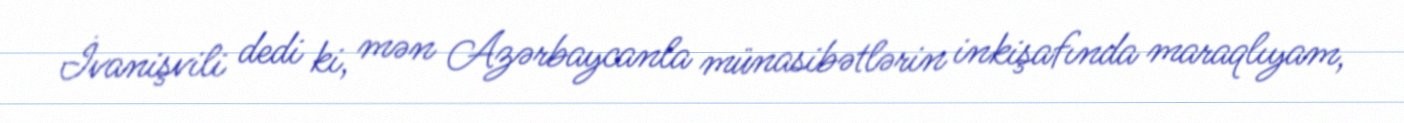
İvanişvili dedi ki, mən Azərbaycanla münasibətlərin inkişafında maraqlıyam,